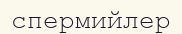
спермийлер